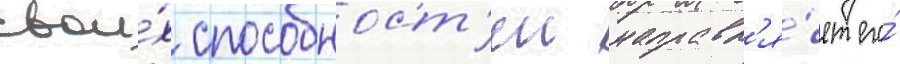
свои́х способност'еи направл'я́ет его́